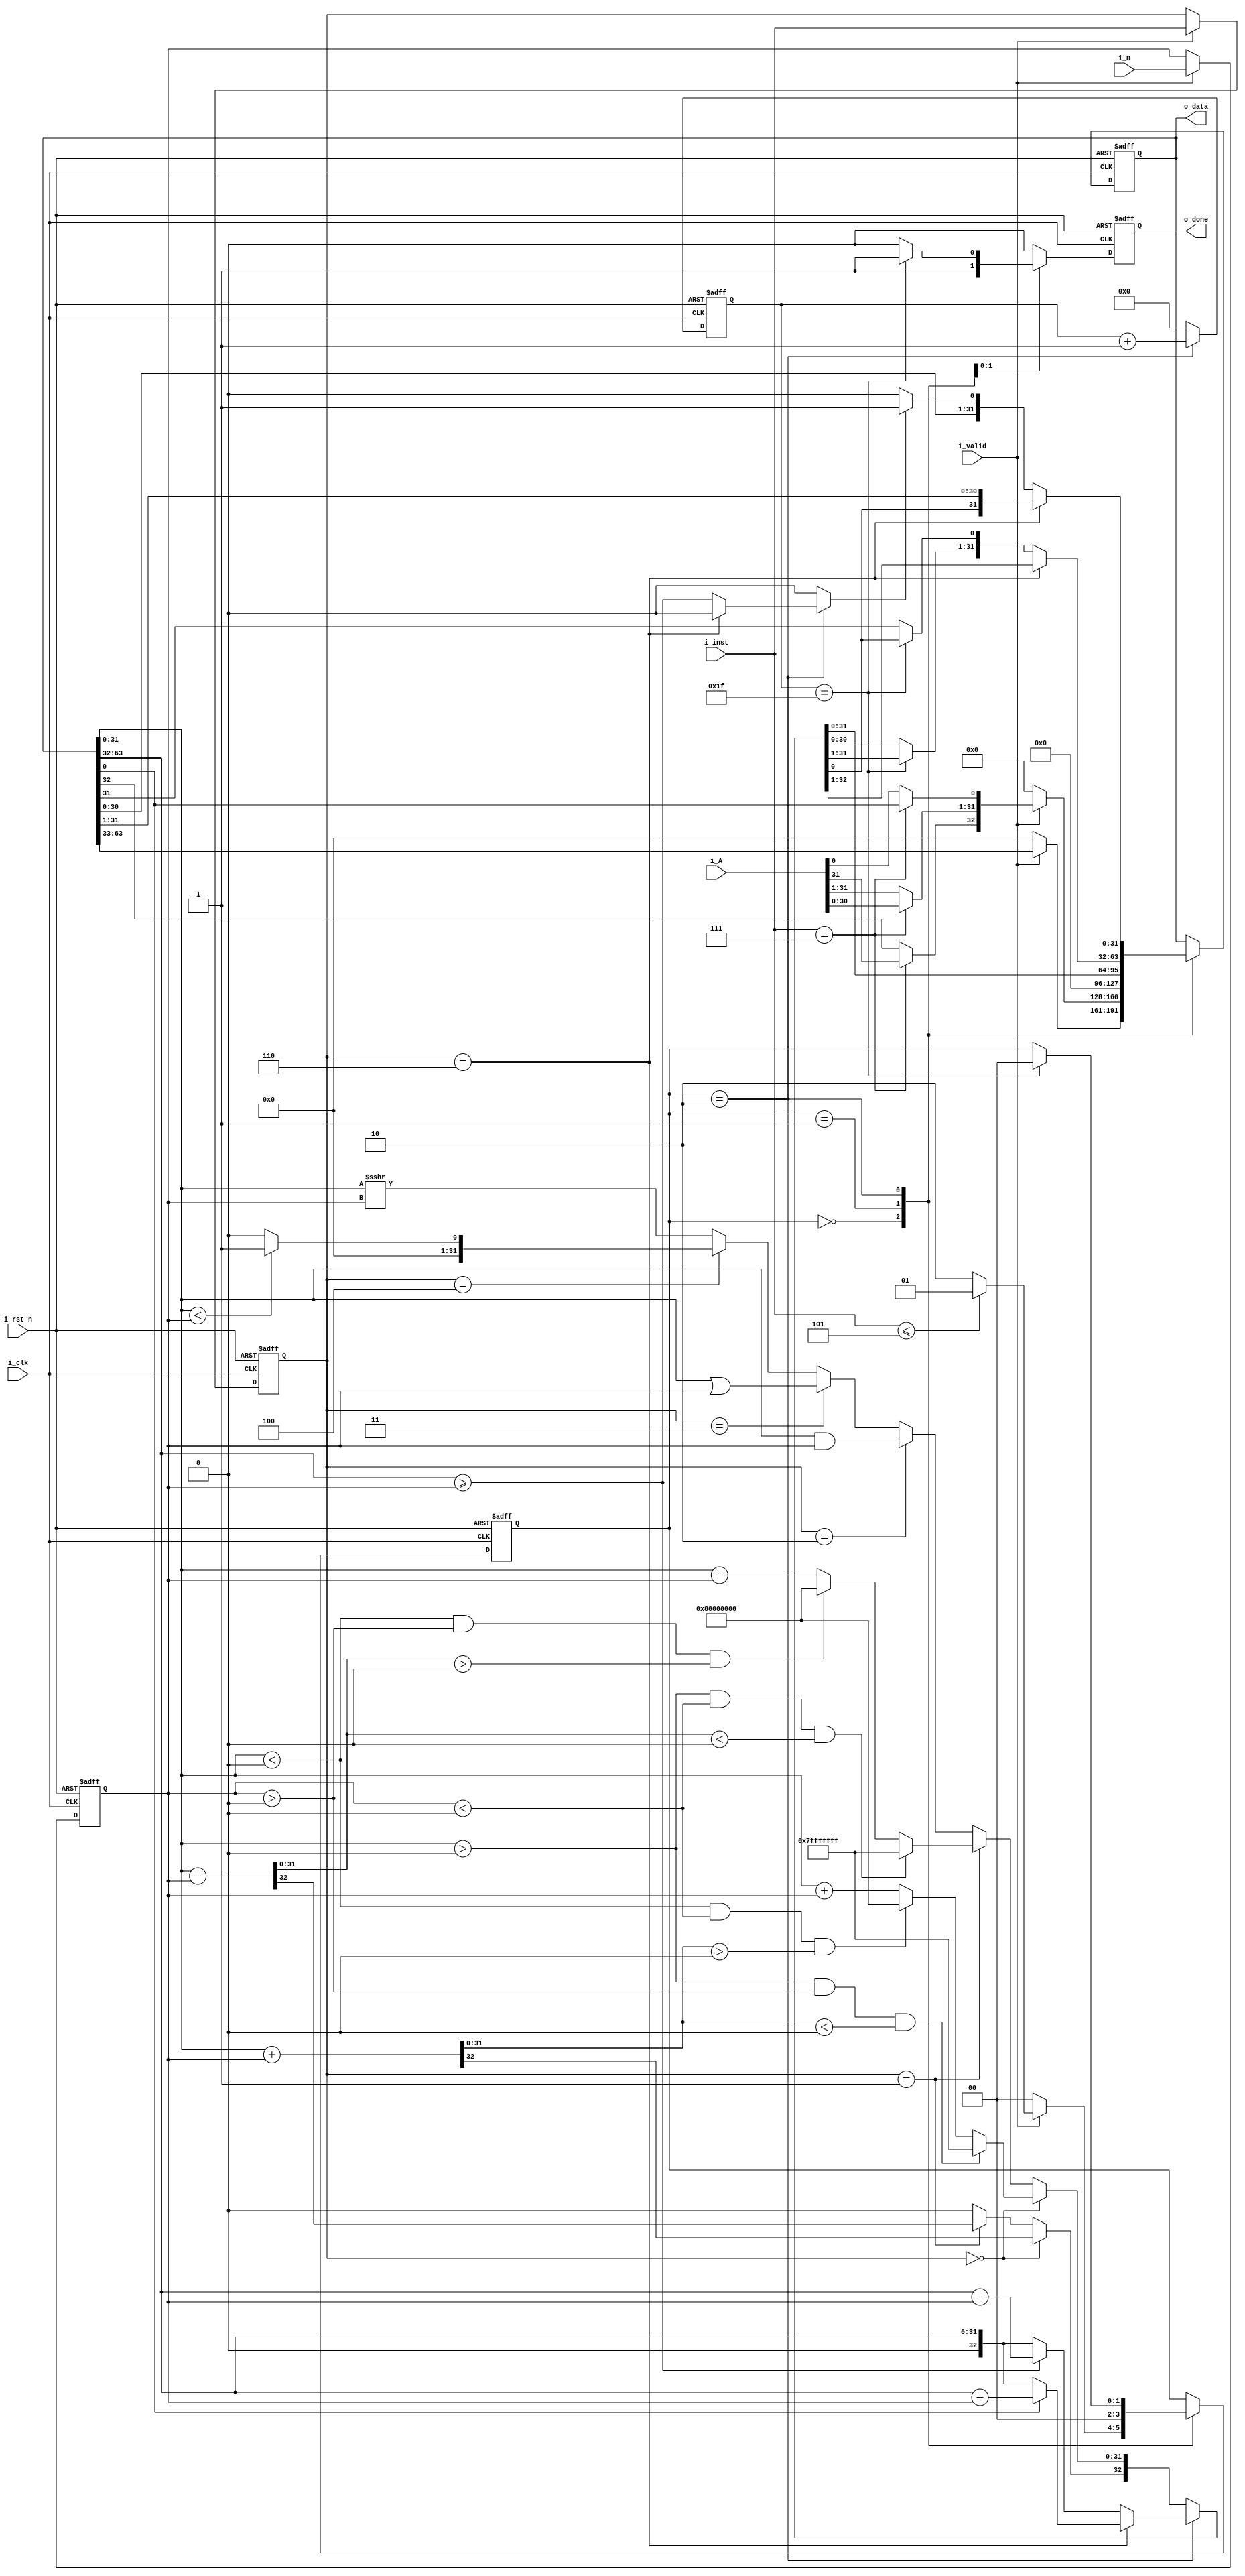
module ALU #(
    parameter DATA_W = 32
)
(
    input                       i_clk,   // clock
    input                       i_rst_n, // reset

    input                       i_valid, // input valid signal
    input [DATA_W - 1 : 0]      i_A,     // input operand A
    input [DATA_W - 1 : 0]      i_B,     // input operand B
    input [         2 : 0]      i_inst,  // instruction

    output [2*DATA_W - 1 : 0]   o_data,  // output value
    output                      o_done   // output valid signal
);
// Do not Modify the above part !!!

// Parameters

    //FSM based on operation cycles
    parameter S_IDLE           = 2'd0;
    parameter S_ONE_CYCLE_OP   = 2'd1;
    parameter S_MULTI_CYCLE_OP = 2'd2;

    //operation modes
    parameter ADD  = 3'd0;
    parameter SUB  = 3'd1;
    parameter AND  = 3'd2;
    parameter OR   = 3'd3;
    parameter SLT  = 3'd4;
    parameter SRA  = 3'd5;
    parameter MUL  = 3'd6;
    parameter DIV  = 3'd7;

// Wires & Regs
    // Todo
    reg done, done_nxt;
    reg [2*DATA_W - 1 : 0] shift_register, shift_register_nxt;
    reg [4:0] counter , counter_nxt;
    reg [32:0] alu_out;
    reg div_control;

    // state
    reg  [1: 0] state, state_nxt; // remember to expand the bit width if you want to add more states!

    // load input
    reg  [DATA_W-1: 0] operand_a, operand_a_nxt;
    reg  [DATA_W-1: 0] operand_b, operand_b_nxt;
    reg  [2: 0] inst, inst_nxt;

// Wire Assignments
    // Todo
    assign o_done = done;
    assign o_data = shift_register;

// Always Combination
    // load input
    always @(*) begin
        if (i_valid) begin
            operand_a_nxt = i_A;
            operand_b_nxt = i_B;
            inst_nxt      = i_inst;
        end
        else begin
            operand_a_nxt = operand_a;
            operand_b_nxt = operand_b;
            inst_nxt      = inst;
        end
    end

    // Todo: FSM
    always @(*) begin
        case(state)

            S_IDLE: begin
                if (i_valid) begin
                    if (i_inst <= 3'd5) begin
                        state_nxt = S_ONE_CYCLE_OP;
                    end else begin
                        state_nxt = S_MULTI_CYCLE_OP;
                    end
                end else begin
                    state_nxt = S_IDLE;
                end
            end

            S_ONE_CYCLE_OP: begin
                state_nxt = S_IDLE;
            end

            S_MULTI_CYCLE_OP: begin
                if (counter == 5'd31) begin
                    state_nxt = S_IDLE;
                end else begin
                    state_nxt = state;
                end
            end

            default : state_nxt = state;
        endcase
    end

    // Todo: Counter
    always @(*) begin
        if (state == S_MULTI_CYCLE_OP) begin
            counter_nxt = counter + 1'b1;
        end else begin
            counter_nxt = 5'b0;
        end
    end

    // Todo: ALU output
    always @(*) begin
        div_control = 1'b0;
        alu_out = 33'd0;
        case(state)

            S_ONE_CYCLE_OP: begin
                div_control = 1'b0;
                if (inst == ADD) begin
                    alu_out = $signed(shift_register[31:0]) + $signed(operand_b);
                    if ($signed(shift_register[31:0]) > 0 && $signed(operand_b) > 0 && $signed(alu_out[31:0]) < 0) begin
                        alu_out[31:0] = {1'b0, {31{1'b1}}};
                    end else if ($signed(shift_register[31:0]) < 0 && $signed(operand_b) < 0 && $signed(alu_out[31:0]) > 0) begin
                        alu_out[31:0] = {1'b1, {31{1'b0}}};
                    end else begin
                        alu_out[31:0] = $signed(shift_register[31:0]) + $signed(operand_b);
                    end
                end 

                else if (inst == SUB) begin
                    alu_out = $signed(shift_register[31:0]) - $signed(operand_b);
                    if ($signed(shift_register[31:0]) > 0 && $signed(operand_b) < 0 && $signed(alu_out[31:0]) < 0) begin
                        alu_out[31:0] = {1'b0, {31{1'b1}}};
                    end else if ($signed(shift_register[31:0]) < 0 && $signed(operand_b) > 0 && $signed(alu_out[31:0]) > 0) begin
                        alu_out[31:0] = {1'b1, {31{1'b0}}};
                    end else begin
                        alu_out[31:0] = $signed(shift_register[31:0]) - $signed(operand_b);
                    end 
                end 

                else if (inst == AND) begin
                    alu_out[31:0] = shift_register[31:0] & operand_b;
                end 

                else if (inst == OR) begin
                    alu_out[31:0] = shift_register[31:0] | operand_b;
                end 

                else if (inst == SLT) begin
                    if ($signed(shift_register[31:0]) < $signed(operand_b)) begin
                        alu_out = 33'd1;
                    end else begin
                        alu_out = 33'd0;
                    end
                end

                else begin
                    alu_out[31:0] = $signed(shift_register[31:0]) >>> operand_b;
                end
            end

            S_MULTI_CYCLE_OP: begin
                if (inst == MUL) begin
                    div_control = 1'b0;
                    if (shift_register[0] == 1'b1) begin
                        alu_out = shift_register[63:32] + operand_b;
                    end else begin
                        alu_out = shift_register[63:32];
                    end
                end

                else begin
                    div_control = shift_register[63:32] >= operand_b;
                    if (div_control) begin
                        alu_out = shift_register[63:32] - operand_b;
                    end else begin
                        alu_out = shift_register[63:32];
                    end
                end
            end

            default: begin
                div_control = 1'b0;
                alu_out = 33'd0;
            end

        endcase
    end
    
    // Todo: output valid signal
    always @(*) begin
        case(state) 
        
            S_ONE_CYCLE_OP: begin
                done_nxt = 1'b1;
            end

            S_MULTI_CYCLE_OP: begin
                if (counter == 31) begin
                    done_nxt = 1'b1;
                end else begin
                    done_nxt = 1'b0;
                end
            end

            default: done_nxt = 1'b0;
        endcase
    end


    // shift_register 
    always @(*) begin
        shift_register_nxt = shift_register;
        case(state)

            S_IDLE: begin
                if (i_valid) begin
                    if (i_inst == DIV) begin
                        shift_register_nxt[32:1] = i_A;
                    end else begin
                        shift_register_nxt[31:0] = i_A;
                    end
                end else begin
                    shift_register_nxt = 64'd0;
                end
            end

            S_ONE_CYCLE_OP: begin
                shift_register_nxt = {{32{1'b0}}, alu_out[31:0]}; 
            end

            S_MULTI_CYCLE_OP: begin
                if (inst == MUL) begin
                    shift_register_nxt = {alu_out, shift_register[31:1]};
                end else begin
                    if (div_control) begin
                        shift_register_nxt[32:0] = {shift_register[31:0], 1'b1};
                    end else begin
                        shift_register_nxt[32:0] = {shift_register[31:0], 1'b0};
                    end

                    if (counter == 31) begin
                        shift_register_nxt[63:32] = alu_out;
                    end else begin
                        shift_register_nxt[63:33] = alu_out[30:0];
                    end
                end
            end

            default: begin
                shift_register_nxt = shift_register;
            end

        endcase
    end

    // Todo: Sequential always block
    always @(posedge i_clk or negedge i_rst_n) begin
        if (!i_rst_n) begin
            state       <= S_IDLE;
            operand_a   <= 32'd0;
            operand_b   <= 32'd0;
            inst        <= 3'd0;
            done        <= 1'b0;
            counter     <= 5'd0;
            shift_register <= 64'd0;
        end else begin
            state       <= state_nxt;
            operand_a   <= operand_a_nxt;
            operand_b   <= operand_b_nxt;
            inst        <= inst_nxt;
            done        <= done_nxt;
            counter     <= counter_nxt;
            shift_register <= shift_register_nxt;
        end
    end

endmodule